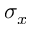
\sigma _ { x }